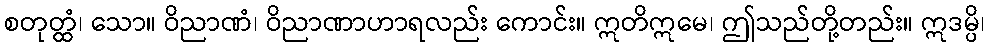
စတုတ္ထံ၊ သော။ ဝိညာဏံ၊ ဝိညာဏာဟာရလည်း ကောင်း။ ဣတိဣမေ၊ ဤသည်တို့တည်း။ ဣဒမ္ပိ၊